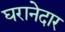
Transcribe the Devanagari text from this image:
घरानेदार